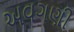
અવગણી